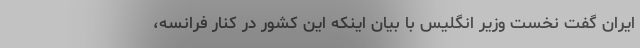
ایران گفت نخست وزیر انگلیس با بیان اینکه این کشور در کنار فرانسه،